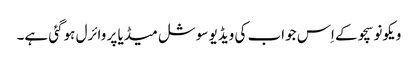
ویکونو سچو کے اِس جواب کی ویڈیو سوشل میڈیا پر وائرل ہوگئی ہے۔